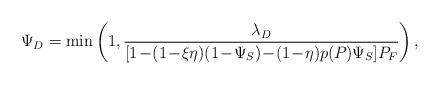
LaTeX: \begin{align*}\Psi_D = \min\left(1, \frac{\lambda_D}{[1\!-\!(1\!-\!\xi\eta)(1\!-\!\Psi_S)\!-\!(1\!-\!\eta)p(P_{})\Psi_S]P_F}\right),\end{align*}